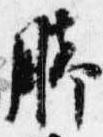
脚